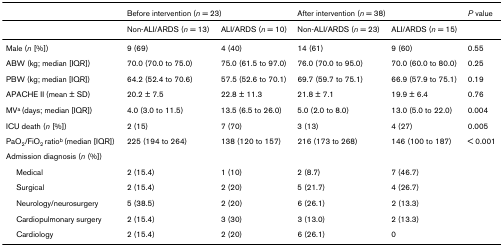
|  | <COLSPAN=2> Before intervention (n = 23) | <COLSPAN=2> After intervention (n = 38) | P value |
 | --- | --- | --- | --- | --- | --- |
 |  | Non-ALI/ARDS (n = 13) | ALI/ARDS (n = 10) | Non-ALI/ARDS (n = 23) | ALI/ARDS (n = 15) |  |
 | Male (n [%]) | 9 (69) | 4 (40) | 14 (61) | 9 (60) | 0.55 |
 | ABW (kg; median [IQR]) | 70.0 (70.0 to 75.0) | 75.0 (61.5 to 97.0) | 76.0 (70.0 to 95.0) | 70.0 (60.0 to 80.0) | 0.25 |
 | PBW (kg; median [IQR]) | 64.2 (52.4 to 70.6) | 57.5 (52.6 to 70.1) | 69.7 (59.7 to 75.1) | 66.9 (57.9 to 75.1) | 0.19 |
 | APACHE II (mean ± SD) | 20.2 ± 7.5 | 22.8 ± 11.3 | 21.8 ± 7.1 | 19.9 ± 6.4 | 0.76 |
 | MVa (days; median [IQR]) | 4.0 (3.0 to 11.5) | 13.5 (6.5 to 26.0) | 5.0 (2.0 to 8.0) | 13.0 (5.0 to 22.0) | 0.004 |
 | ICU death (n [%]) | 2 (15) | 7 (70) | 3 (13) | 4 (27) | 0.005 |
 | PaO2/FiO2 ratiob (median [IQR]) | 225 (194 to 264) | 138 (120 to 157) | 216 (173 to 268) | 146 (100 to 187) | < 0.001 |
 | Admission diagnosis (n (%]) |  |  |  |  |  |
 | Medical | 2 (15.4) | 1 (10) | 2 (8.7) | 7 (46.7) |  |
 | Surgical | 2 (15.4) | 2 (20) | 5 (21.7) | 4 (26.7) |  |
 | Neurology/neurosurgery | 5 (38.5) | 2 (20) | 6 (26.1) | 2 (13.3) |  |
 | Cardiopulmonary surgery | 2 (15.4) | 3 (30) | 3 (13.0) | 2 (13.3) |  |
 | Cardiology | 2 (15.4) | 2 (20) | 6 (26.1) | 0 |  |